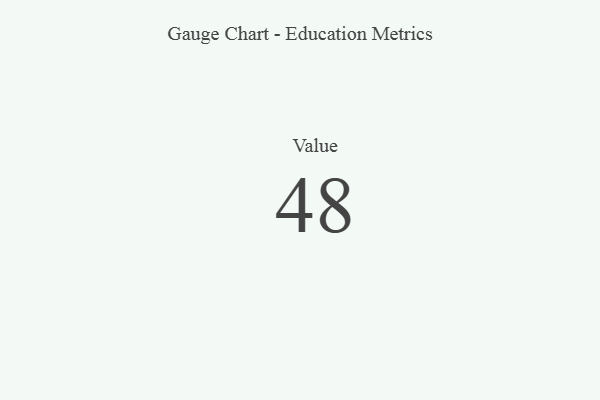
{"axis": {"x": "Metric", "y": "Value"}, "legend": [""], "data": [{"x": "Value", "y": 48, "type": ""}]}